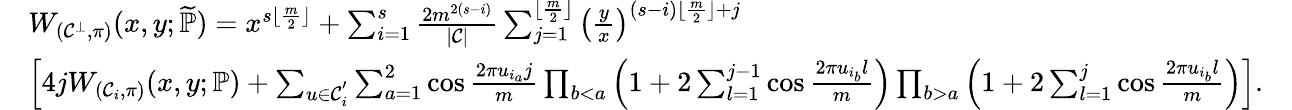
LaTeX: \begin{array}{rlr}&{W_{(\mathcal{C}^{\bot},\pi)}(x,y;\widetilde{\mathbb{P}})=x^{s\lfloor\frac{m}{2}\rfloor}+\sum_{i=1}^{s}\frac{2m^{2(s-i)}}{|\mathcal{C}|}\sum_{j=1}^{\lfloor\frac{m}{2}\rfloor}\left(\frac{y}{x}\right)^{(s-i)\lfloor\frac{m}{2}\rfloor+j}}&\\ &{\left[4jW_{(\mathcal{C}_{i},\pi)}(x,y;\mathbb{P})+\sum_{u\in\mathcal{C}_{i}^{'}}\sum_{a=1}^{2}\cos\frac{2\pi u_{i_{a}}j}{m}\prod_{b<a}\left(1+2\sum_{l=1}^{j-1}\cos\frac{2\pi u_{i_{b}}l}{m}\right)\prod_{b>a}\left(1+2\sum_{l=1}^{j}\cos\frac{2\pi u_{i_{b}}l}{m}\right)\right].}&\end{array}